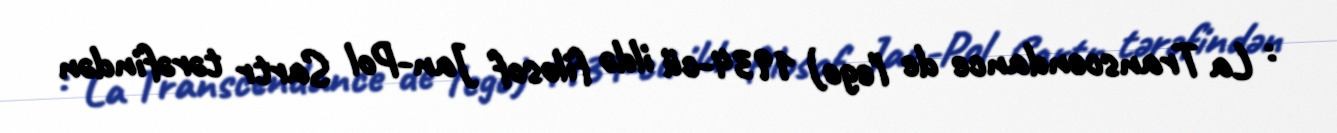
: La Transcendance de l'ego) 1934-cü ildə filosof Jan-Pol Sartr tərəfindən